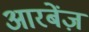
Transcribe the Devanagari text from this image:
आरबेंज़